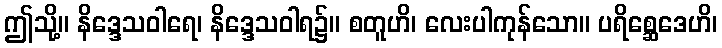
ဤသို့။ နိဒ္ဒေသဝါရေ၊ နိဒ္ဒေသဝါရ၌။ စတူဟိ၊ လေးပါကုန်သော။ ပရိစ္ဆေဒေဟိ၊